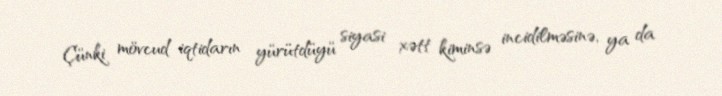
Çünki mövcud iqtidarın yürütdüyü siyasi xətt kiminsə incidilməsinə, ya da